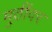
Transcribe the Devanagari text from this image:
मुठींवर